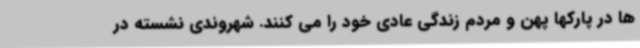
ها در پارکها پهن و مردم زندگی عادی خود را می کنند. شهروندی نشسته در